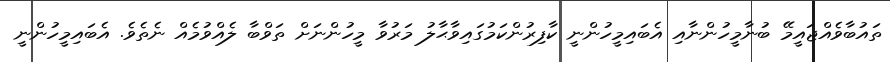
ތައުބާވެއްޖައީމޭ ބުނާމީހުންނާއި އެބައިމީހުންނީ ކާފިރުންކަމުގައިވާޙާލު މަރުވާ މީހުންނަށް ތަވްބާ ލެއްވުމެއް ނެތެވެ. އެބައިމީހުންނީ